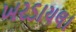
ખરડાયલા